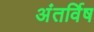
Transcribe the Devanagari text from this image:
अंतर्विष